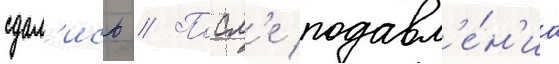
сдал'ись // Посл'е подавл'е́н'иа